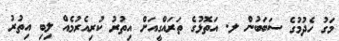
މަގު ހެދުމުގެ ސަބަބުން ލ. އަތޮޅުގެ ތަރައްގީއަށް އިތުރު ކުރިއެރުމެއް ލިބި އިތުރު